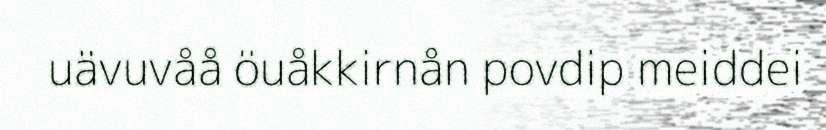
uävuvåå öuåkkirnån povdip meiddei